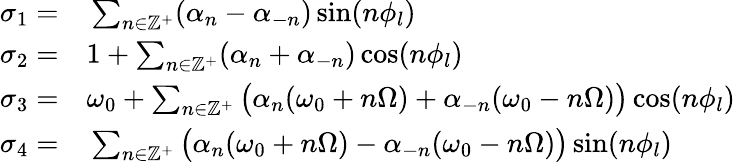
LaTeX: \begin{array}{rl}{\sigma_{1}=}&{{}\sum_{n\in\mathbb{Z}^{+}}(\alpha_{n}-\alpha_{-n})\sin(n\phi_{l})}\\ {\sigma_{2}=}&{{}1+\sum_{n\in\mathbb{Z}^{+}}(\alpha_{n}+\alpha_{-n})\cos(n\phi_{l})}\\ {\sigma_{3}=}&{{}\omega_{0}+\sum_{n\in\mathbb{Z}^{+}}\big(\alpha_{n}(\omega_{0}+n\Omega)+\alpha_{-n}(\omega_{0}-n\Omega)\big)\cos(n\phi_{l})}\\ {\sigma_{4}=}&{{}\sum_{n\in\mathbb{Z}^{+}}\big(\alpha_{n}(\omega_{0}+n\Omega)-\alpha_{-n}(\omega_{0}-n\Omega)\big)\sin(n\phi_{l})}\end{array}